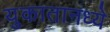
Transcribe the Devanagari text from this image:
युकातानध्ये